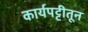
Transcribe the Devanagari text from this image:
कार्यपट्टीतून